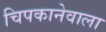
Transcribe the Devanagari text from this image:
चिपकानेवाला